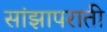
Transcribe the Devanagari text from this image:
सांझापराती